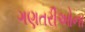
ગણતરીઓના